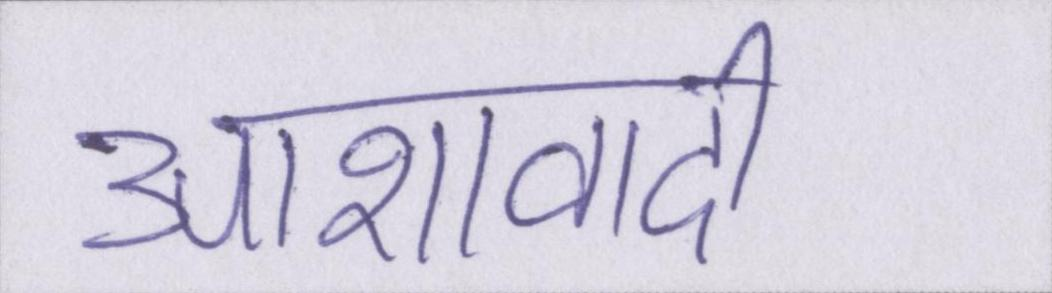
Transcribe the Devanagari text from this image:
आशावादी